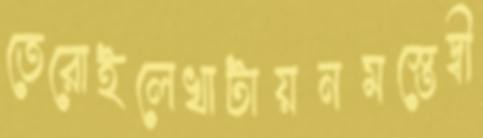
তেরোইলেখাটায়নমস্তেদ্বী